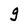
Character: g